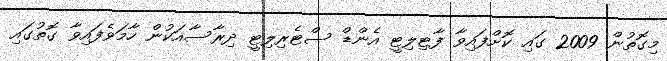
މިގޮތުން 2009 ގައި ކޮށްފައިވާ ފާޓިލިޓީ އެންޑް ސްޓެރިލިޓީ ދިރާސާއަކުން ހާމަވެފައިވާ ގޮތުގައި